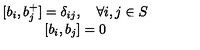
\begin{array} { c } { [ b _ { i } , b _ { j } ^ { + } ] = \delta _ { i j } , \quad \forall i , j \in S } \\ { [ b _ { i } , b _ { j } ] = 0 } \\ \end{array}